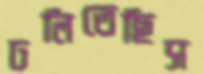
ঢলিতেছিস